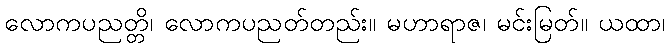
လောကပညတ္တိ၊ လောကပညတ်တည်း။ မဟာရာဇ၊ မင်းမြတ်။ ယထာ၊